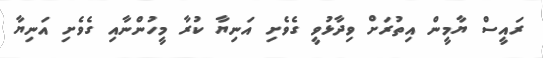
ރައީސް ޔާމީން އިތުރަށް ވިދާޅުވީ ގެވެށި އަނިޔާ ކުރާ މީހުންނާއި ގެވެށި އަނިޔާ